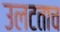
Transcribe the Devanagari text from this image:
उलटताच